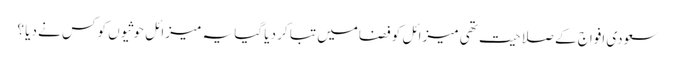
سعودی افواج کے صلاحیت تھی میزائل کو فضامیں تبا کر دیا گیا یہ میزائل حوثیوں کو کس نے دیا ؟